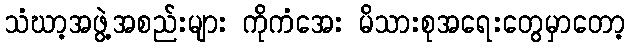
သံဃာ့အဖွဲ့အစည်းများ ကိုကံအေး မိသားစုအရေးတွေမှာတော့